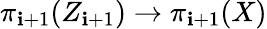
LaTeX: \pi_{\mathbf{i}+1}(Z_{\mathbf{i}+1})\to\pi_{\mathbf{i}+1}(X)